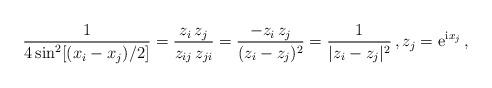
LaTeX: \begin{align*}\frac{1}{4 \sin^2[(x_i - x_j)/2]} = \frac{z_i \, z_j}{z_{ij}\,z_{ji}} = \frac{-z_i\,z_j}{(z_i-z_j)^2} = \frac{1}{|z_i - z_j|^2} \, , z_j = \mathrm{e}^{\mathrm{i}\mspace{1mu}x_j} \, ,\end{align*}